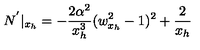
N ^ { ' } | _ { x _ { h } } = - \frac { 2 \alpha ^ { 2 } } { x _ { h } ^ { 3 } } ( w _ { x _ { h } } ^ { 2 } - 1 ) ^ { 2 } + \frac { 2 } { x _ { h } }